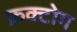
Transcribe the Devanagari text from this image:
फ्रक्टोग